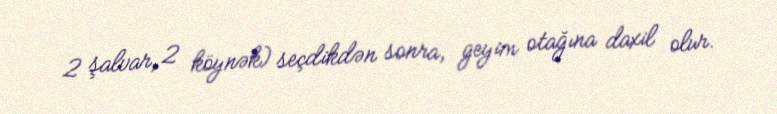
2 şalvar, 2 köynək) seçdikdən sonra, geyim otağına daxil olur.